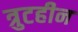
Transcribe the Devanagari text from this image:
त्रुटहीन